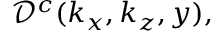
\mathcal { D } ^ { c } ( k _ { x } , k _ { z } , y ) ,